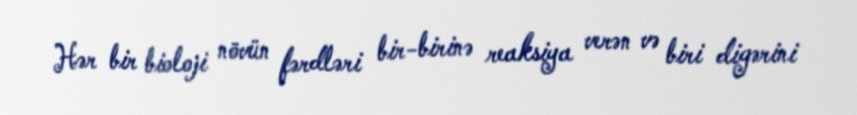
Hər bir bioloji növün fərdləri bir-birinə reaksiya verən və biri digərini